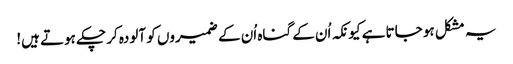
یہ مشکل ہو جاتا ہے کیونکہ اُن کے گناہ اُن کے ضمیروں کو آلودہ کر چکے ہوتے ہیں!